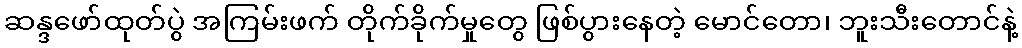
ဆန္ဒဖော်ထုတ်ပွဲ အကြမ်းဖက် တိုက်ခိုက်မှုတွေ ဖြစ်ပွားနေတဲ့ မောင်တော၊ ဘူးသီးတောင်နဲ့